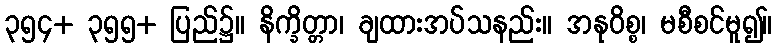
၃၅၄+ ၃၅၅+ ပြည်၌။ နိက္ခိတ္တာ၊ ချထားအပ်သနည်း။ အနုဝိစ္စ၊ မစီစင်မူ၍။